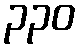
၃၃၀